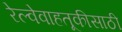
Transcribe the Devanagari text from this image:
रेल्वेवाहतूकीसाठी